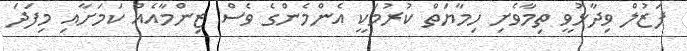
ފަޒުލް ވިދާޅުވީ ތިމާވެށި ހިމާޔަތް ކުރުމަކީ އެންމެންގެ ވެސް ޒިންމާއެއް ކަމަށާއި މިފަދަ